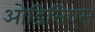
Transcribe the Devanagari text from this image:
ओडिसिएस